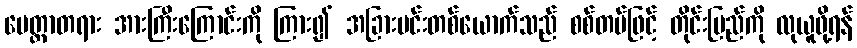
မေတ္တာတရား အားကြီးကြောင်းကို ကြား၍ အခြားမင်းတစ်ယောက်သည် စစ်တပ်ဖြင့် တိုင်းပြည်ကို လုယူဖို့ရန်